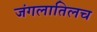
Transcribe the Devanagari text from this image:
जंगलातिलच